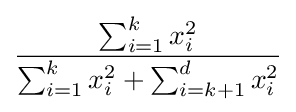
{\frac {\sum _{i=1}^{k}x_{i}^{2}}{\sum _{i=1}^{k}x_{i}^{2}+\sum _{i=k+1}^{d}x_{i}^{2}}}